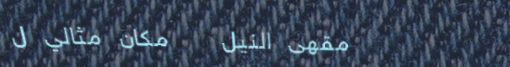
مقهى النيل   مكان مثالي ل